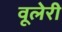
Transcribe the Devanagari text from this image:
वूलेरी